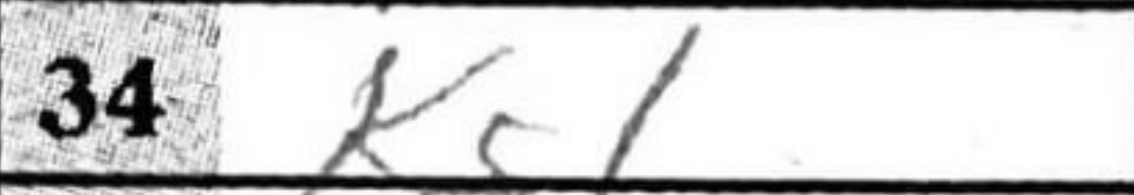
Transcription: Kg1